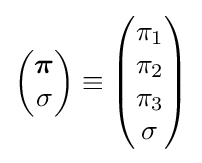
{\begin{pmatrix}{\boldsymbol {\pi }}\\\sigma \end{pmatrix}}\equiv {\begin{pmatrix}\pi _{1}\\\pi _{2}\\\pi _{3}\\\sigma \end{pmatrix}}